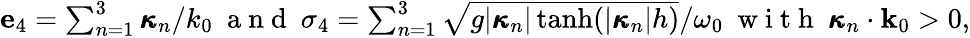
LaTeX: \begin{array}{r}{\mathbf{e}_{4}=\sum_{n=1}^{3}\pmb{\kappa}_{n}/k_{0}~\mathrm{~a~n~d~}~\sigma_{4}=\sum_{n=1}^{3}\sqrt{g|\pmb{\kappa}_{n}|\operatorname{tanh}(|\pmb{\kappa}_{n}|h)}/\omega_{0}~\mathrm{~w~i~t~h~}~\pmb{\kappa}_{n}\cdot\mathbf{k}_{0}>0,}\end{array}